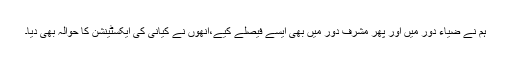
ہم نے ضیاء دور میں اور پھر مشرف دور میں بھی ایسے فیصلے کیے،انھوں نے کیانی کی ایکسٹینشن کا حوالہ بھی دیا۔